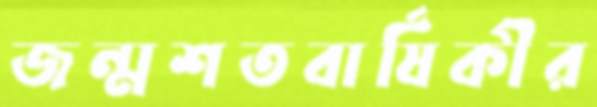
জন্মশতবার্ষিকীর